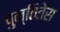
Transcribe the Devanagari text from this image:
पुन्तितेस